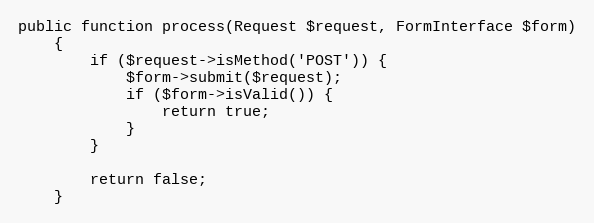
Language: PHP
public function process(Request $request, FormInterface $form)
    {
        if ($request->isMethod('POST')) {
            $form->submit($request);
            if ($form->isValid()) {
                return true;
            }
        }

        return false;
    }